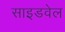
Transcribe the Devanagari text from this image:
साइडवेल